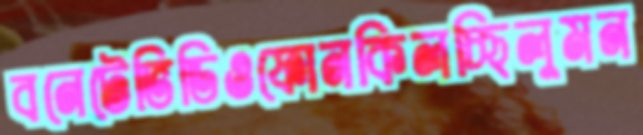
বনেটেভিডিওফোনকিলচ্ছিলুমন